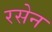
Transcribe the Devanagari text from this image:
रसेन